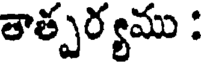
తాత్పర్యము :